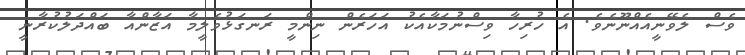
ވެސް ލެވޭނީއެއްނޫނެވެ. އެ ހުރިހާ ވިސްނުމަކާއެކު އަހަރެން ނިންމީ ރަނގަޅުވެލީމާ އަޒާންއާ ބައްދަލުކުރާނީ